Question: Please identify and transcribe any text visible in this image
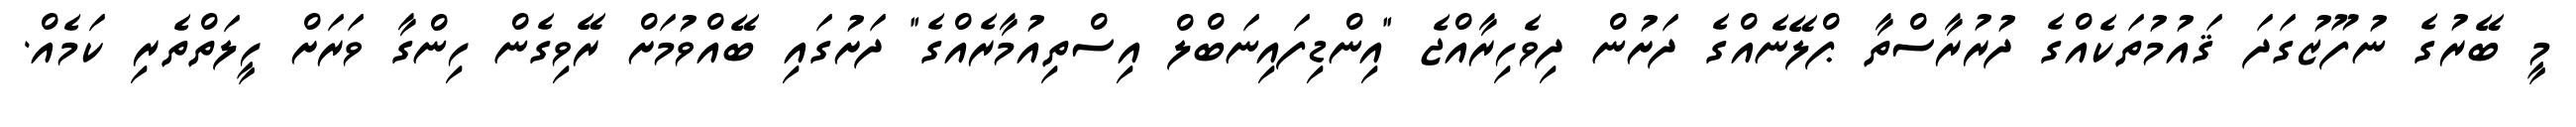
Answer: މީ ބޭރުގެ ނުފޫޒުގަދަ ޤައުމުތަކެއްގެ ދުރުރާސްތާ ޕްލޭނެއްގެ ދަށުން ދިވެހިރާއްޖެ "އިންޑިފައިނަބްލް އިސްތިއުމާރެއްގެ" ދަށުގައި ބޭއްވުމަށް ރޭވިގެން ހިންގާ ވަރަށް ހީލަތްތެރި ކަމެއް.